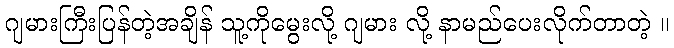
ဂျမားကြီးပြန်တဲ့အချိန် သူ့ကိုမွေးလို့ ဂျမား လို့ နာမည်ပေးလိုက်တာတဲ့ ။